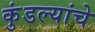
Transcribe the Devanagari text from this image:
कुंडल्यांचे